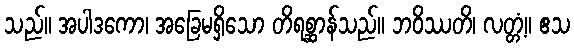
သည်။ အပါဒကော၊ အခြေမရှိသော တိရစ္ဆာန်သည်။ ဘဝိဿတိ၊ လတ္တံ့။ ဧသ